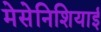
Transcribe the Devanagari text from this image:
मेसेनिशियाई